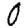
Digit: 0